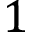
1